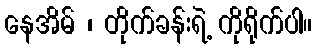
နေအိမ် ၊ တိုက်ခန်းရဲ့ ကိုရိုက်ပါ။